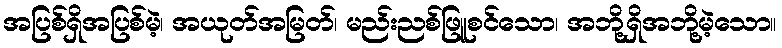
အပြစ်ရှိအပြစ်မဲ့၊ အယုတ်အမြတ်၊ မည်းညစ်ဖြူစင်သော၊ အဘို့ရှိအဘို့မဲ့သော။